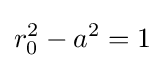
r_{0}^{2}-a^{2}=1